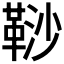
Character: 𩊮